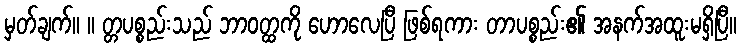
မှတ်ချက်။ ။ တ္တပစ္စည်းသည် ဘာဝတ္ထကို ဟောလေပြီ ဖြစ်ရကား တာပစ္စည်း၏ အနက်အထူးမရှိပြီ။